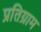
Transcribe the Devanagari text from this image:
प्रतिग्राम